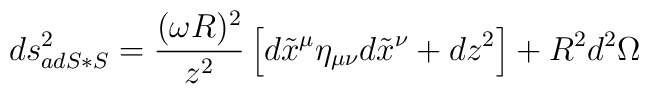
ds^2_{adS*S} = {(\omega R)^2\over z^2} \left [d\tilde x^\mu \eta_{\mu\nu}d\tilde x^\nu  + dz^2 \right ] +  R^2 d^2 \Omega